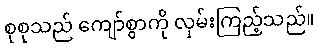
စုစုသည် ကျော်စွာကို လှမ်းကြည့်သည်။